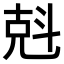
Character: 𠒚